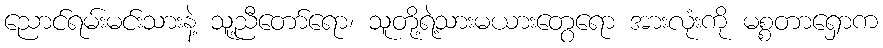
ညောင်ရမ်းမင်းသားနဲ့ သူ့ညီတော်ရော၊ သူတို့ရဲ့သားမယားတွေရော အားလုံးကို မစ္စတာရှောက